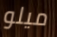
ميلو